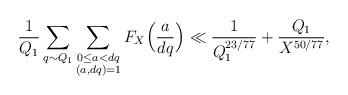
LaTeX: \begin{align*}\frac{1}{Q_1}\sum_{q\sim Q_1}\sum_{\substack{0\le a<d q\\ (a,d q)=1}}F_X\Bigl(\frac{a}{d q}\Bigr)\ll \frac{1}{Q_1^{23/77}}+\frac{Q_1}{X^{50/77}},\end{align*}